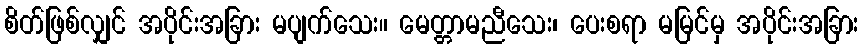
စိတ်ဖြစ်လျှင် အပိုင်းအခြား မပျက်သေး။ မေတ္တာမညီသေး၊ ပေးစရာ မမြင်မှ အပိုင်းအခြား